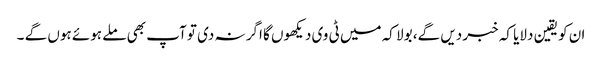
ان کو یقین دلایا کہ خبر دیں گے، بولا کہ میں ٹی وی دیکھوں گا اگر نہ دی تو آپ بھی ملے ہوئے ہوں گے ۔